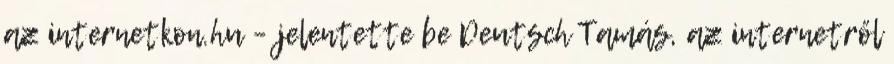
az internetkon.hu – jelentette be Deutsch Tamás, az internetről